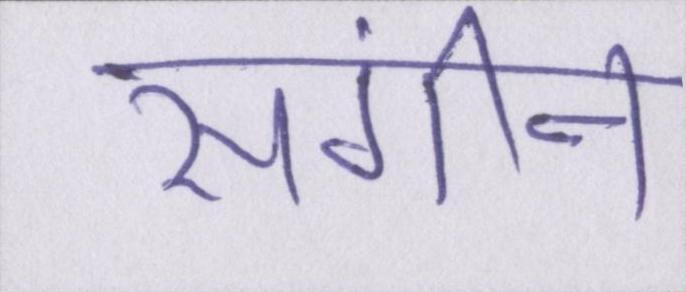
संगीन